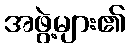
အဖွဲ့များ၏